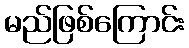
မည်ဖြစ်ကြောင်း